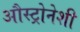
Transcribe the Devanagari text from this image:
औस्ट्रोनेशी